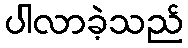
ပါလာခဲ့သည်